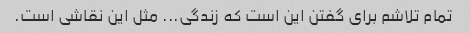
تمام تلاشم برای گفتن این است که زندگی... مثل این نقاشی است.